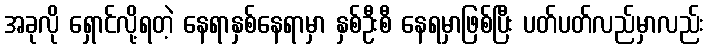
အခုလို ရှောင်လို့ရတဲ့ နေရာနှစ်နေရာမှာ နှစ်ဦးစီ နေရမှာဖြစ်ပြီး ပတ်ပတ်လည်မှာလည်း